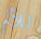
للألم